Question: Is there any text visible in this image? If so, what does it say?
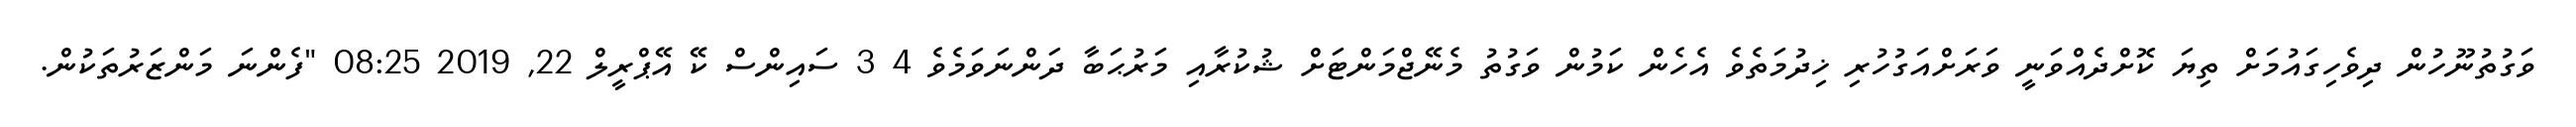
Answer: ވަގުތުނޫހުން ދިވެހިގައުމަށް ތިޔަ ކޮށްދެއްވަނީ ވަރަށްއަގުހުރި ޚިދުމަތެވެ އެހެން ކަމުން ވަގުތު މެނޭޖްމަންޓަށް ޝުކުރާއި މަރުޙަބާ ދަންނަވަމެވެ 4 3 ސައިންސް ކޭ އޭޕްރީލް 22, 2019 08:25 "ފެންނަ މަންޒަރުތަކުން.